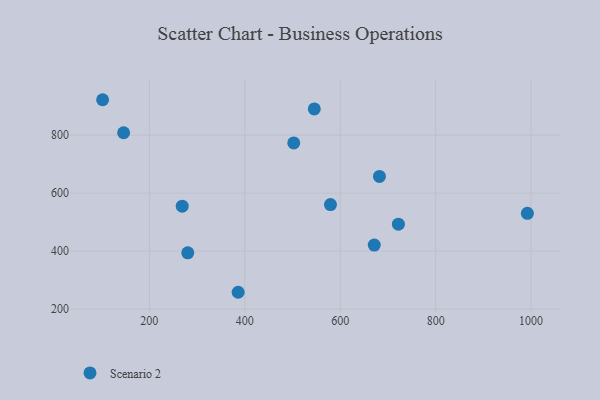
{"axis": {"x": "Ad Spend", "y": "Yield"}, "legend": ["Scenario 2"], "data": [{"x": "102.1", "y": 922.3, "type": "Scenario 2"}, {"x": "146.1", "y": 808.3, "type": "Scenario 2"}, {"x": "268.9", "y": 555.2, "type": "Scenario 2"}, {"x": "721.9", "y": 493.0, "type": "Scenario 2"}, {"x": "671.3", "y": 420.9, "type": "Scenario 2"}, {"x": "579.6", "y": 560.4, "type": "Scenario 2"}, {"x": "280.5", "y": 394.2, "type": "Scenario 2"}, {"x": "502.6", "y": 773.1, "type": "Scenario 2"}, {"x": "386.1", "y": 258.0, "type": "Scenario 2"}, {"x": "682.2", "y": 657.6, "type": "Scenario 2"}, {"x": "545.7", "y": 890.7, "type": "Scenario 2"}, {"x": "992.2", "y": 530.3, "type": "Scenario 2"}]}